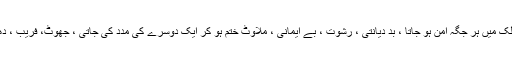
اس توبہ کے بعد چاہئے تو یہ تھا کہ ملک میں ہر جگہ امن ہو جاتا ، بد دیانتی ، رشوت ، بے ایمانی ، ملاوٹ ختم ہو کر ایک دوسرے کی مدد کی جاتی ، جھوٹ، فریب ، دھوکہ دہی ختم ہو جاتی مگر ایسا نہ ہوا ۔